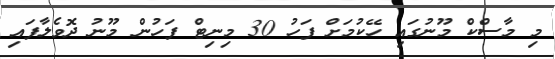
މި މާސްކް މޫނުގައި ހޭކުމަށް ފަހު 30 މިނިޓް ފަހުން މޫނު ދޮވެލާފައި